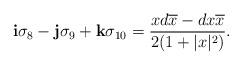
LaTeX: \begin{align*}{\bf i}\sigma_8-{\bf j}\sigma_9+{\bf k}\sigma_{10}={{x d\overline{x}-d{x}\overline{x} }\over{2(1+|x|^2)}}.\end{align*}